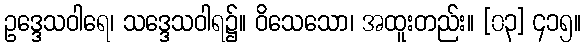
ဥဒ္ဒေသဝါရေ၊ သဒ္ဒေသဝါရ၌။ ဝိသေသော၊ အထူးတည်း။ [၀၃] ၄၁၅။